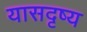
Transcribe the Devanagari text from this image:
यासदृष्य